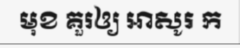
មុខ គួរឲ្យ អាសូរ ក